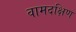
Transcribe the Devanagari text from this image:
वामदक्षिण